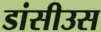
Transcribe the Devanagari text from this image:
डांसीउस